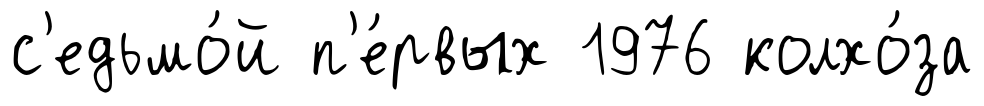
с'едьмо́й п'е́рвых 1976 колхо́за